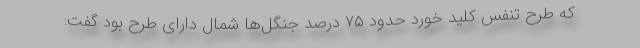
که طرح تنفس کلید خورد حدود ۷۵ درصد جنگل‌ها شمال دارای طرح بود گفت: